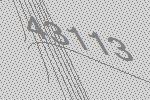
43113